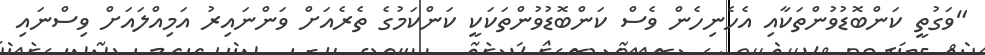
"ވަގުތީ ކަންބޮޑުވުންތަކާއި އެހެނިހެން ވެސް ކަންބޮޑުވުންތަކަކީ ކަންކަމުގެ ތެރެއަށް ވަންނައިރު އަމިއްލައަށް ވިސްނައި